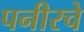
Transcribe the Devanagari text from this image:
पनीरचे